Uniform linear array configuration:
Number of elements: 16
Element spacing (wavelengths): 1
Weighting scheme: kaiser
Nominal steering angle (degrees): -45
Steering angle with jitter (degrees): -45.649
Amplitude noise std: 0.05
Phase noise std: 0.05

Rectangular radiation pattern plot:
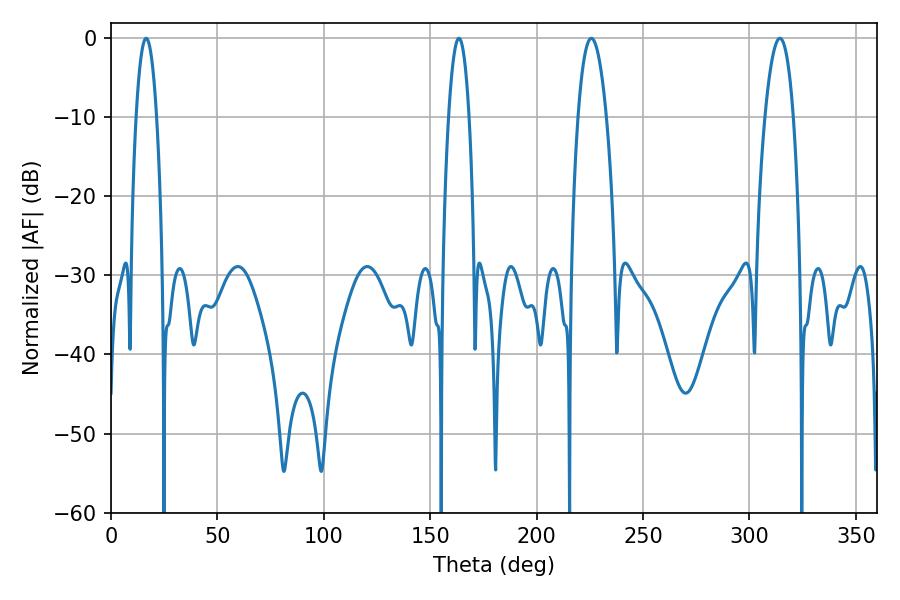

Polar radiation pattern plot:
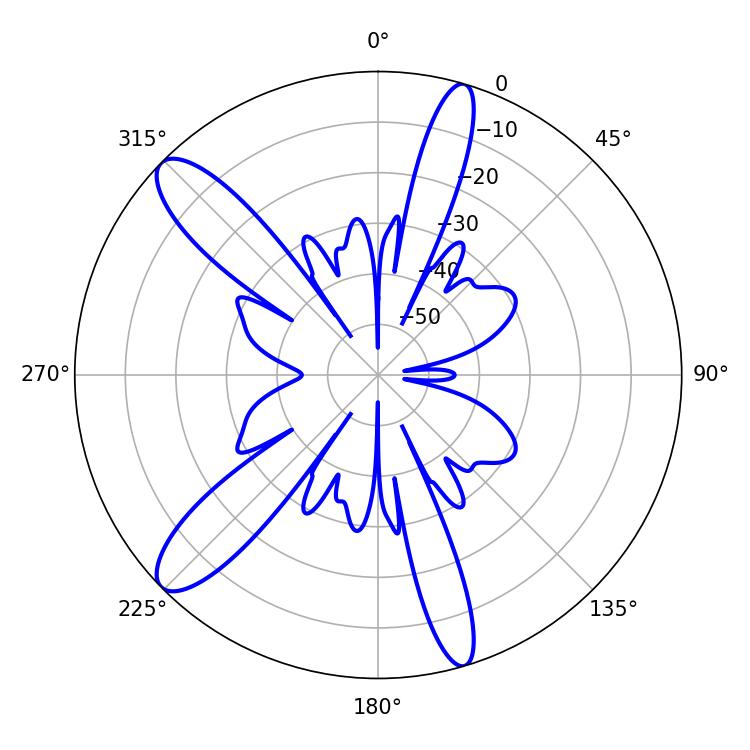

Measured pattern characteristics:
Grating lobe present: TRUE
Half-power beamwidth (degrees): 7.38
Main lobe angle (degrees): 225.72